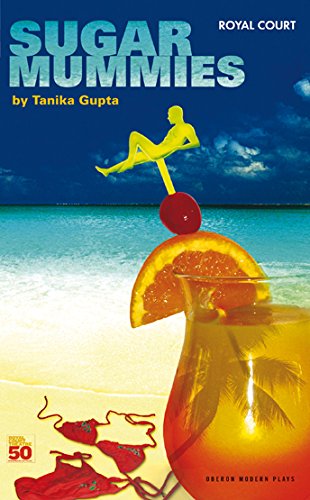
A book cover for Sugar Mummies (Oberon Modern Plays); Tanika Gupta; Travel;